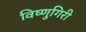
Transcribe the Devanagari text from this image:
विष्णुगिरी